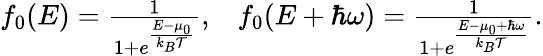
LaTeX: \begin{array}{r}{{f_{0}(E)=\frac{1}{1+e^{\frac{E-\mu_{0}}{k_{B}\mathcal{T}}}},}{\quad f_{0}(E+\hbar\omega)=\frac{1}{1+e^{\frac{E-\mu_{0}+\hbar\omega}{k_{B}\mathcal{T}}}}}.}\end{array}